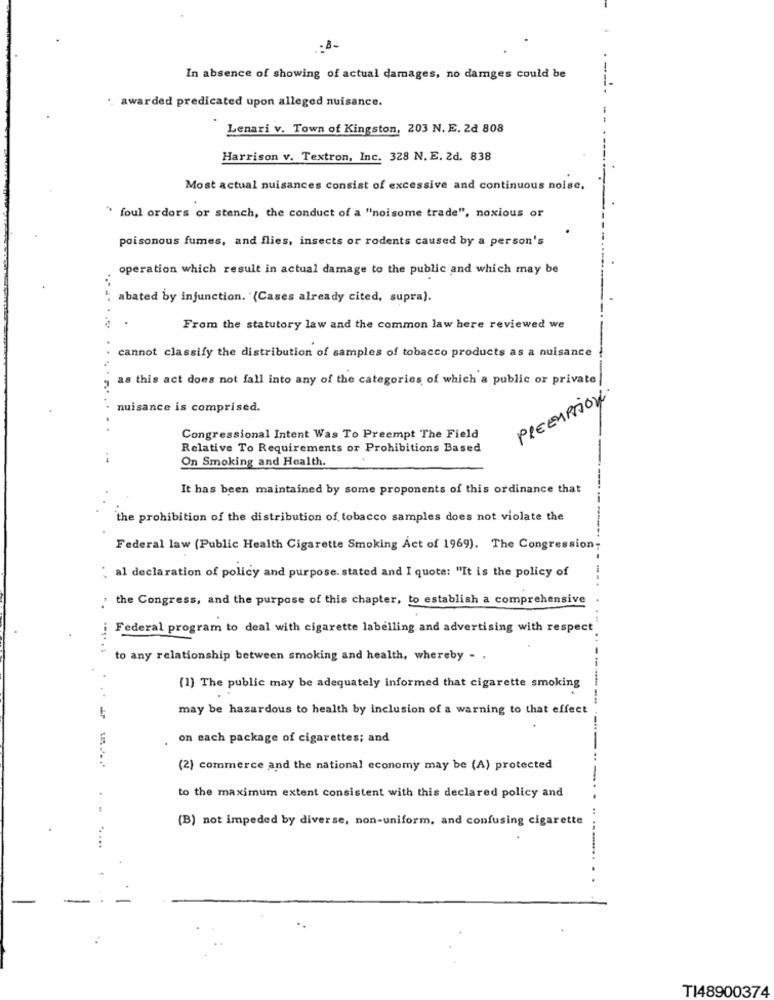
In absence of showing of actual damages, no damges could be
awarded predicated upon alleged nuisance.
Lenari v. Town of Kingston, 203 N. E. 2d 808
Harrison v. Textron, Inc. 328 N. E. 2d. 838
Most actual nuisances consist of excessive and continuous noise,
` foul orders or stench, the conduct of a "noisome trade", noxious or
poisonous fumes, and flies, insects or rodents caused by a person's
operation which result in actual damage to the public and which may be
abated by injunction. (Cases already cited, supra).
From the statutory law and the common law here reviewed we
cannot classify the distribution of samples of tobacco products as a nuisance
....
as this act does not fall into any of the categories of which a public or private
PREEMPTION
nuisance is comprised.
Congressional Intent Was To Preempt The Field
Relative To Requirements or Prohibitions Based
On Smoking and Health.
It has been maintained by some proponents of this ordinance that
the prohibition of the distribution of tobacco samples does not violate the
Federal law (Public Health Cigarette Smoking Act of 1969). The Congression-
" al declaration of policy and purpose. stated and I quote: "It is the policy of
the Congress, and the purpose of this chapter, to establish a comprehensive
i Federal program to deal with cigarette labelling and advertising with respect
to any relationship between smoking and health, whereby - .
(1) The public may be adequately informed that cigarette smoking
may be hazardous to health by inclusion of a warning to that effect
on each package of cigarettes; and
(2) commerce and the national economy may be (A) protected
to the maximum extent consistent with this declared policy and
:
(B) not impeded by diverse, non-uniform, and confusing cigarette
.
.....
TI48900374